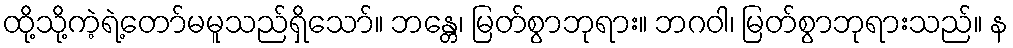
ထို့သို့ကဲ့ရဲ့တော်မမူသည်ရှိသော်။ ဘန္တေ၊ မြတ်စွာဘုရား။ ဘဂဝါ၊ မြတ်စွာဘုရားသည်။ န